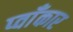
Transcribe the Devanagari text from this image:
प्वाँकार